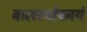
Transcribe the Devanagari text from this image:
बालस्योपनयं